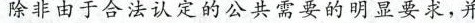
除非由于合法认定的公共需要的明显要求，并